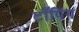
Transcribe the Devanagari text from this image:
टाँपिंग